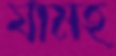
যামহ